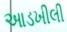
આડખીલી